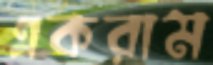
একরাম